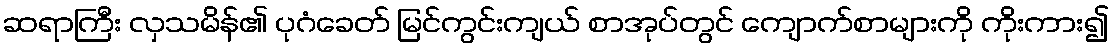
ဆရာကြီး လှသမိန်၏ ပုဂံခေတ် မြင်ကွင်းကျယ် စာအုပ်တွင် ကျောက်စာများကို ကိုးကား၍